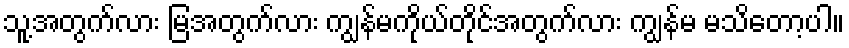
သူ့အတွက်လား မြအတွက်လား ကျွန်မကိုယ်တိုင်အတွက်လား ကျွန်မ မသိတော့ပါ။